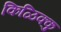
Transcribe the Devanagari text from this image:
किळिक्कु